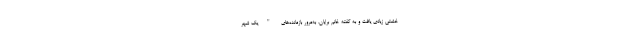
خشتی زیادی یافت و به گفته خانم برایان، به‌مرور بازمانده‌های "یک شهر